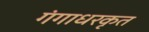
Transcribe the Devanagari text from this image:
गंगाधरकृत